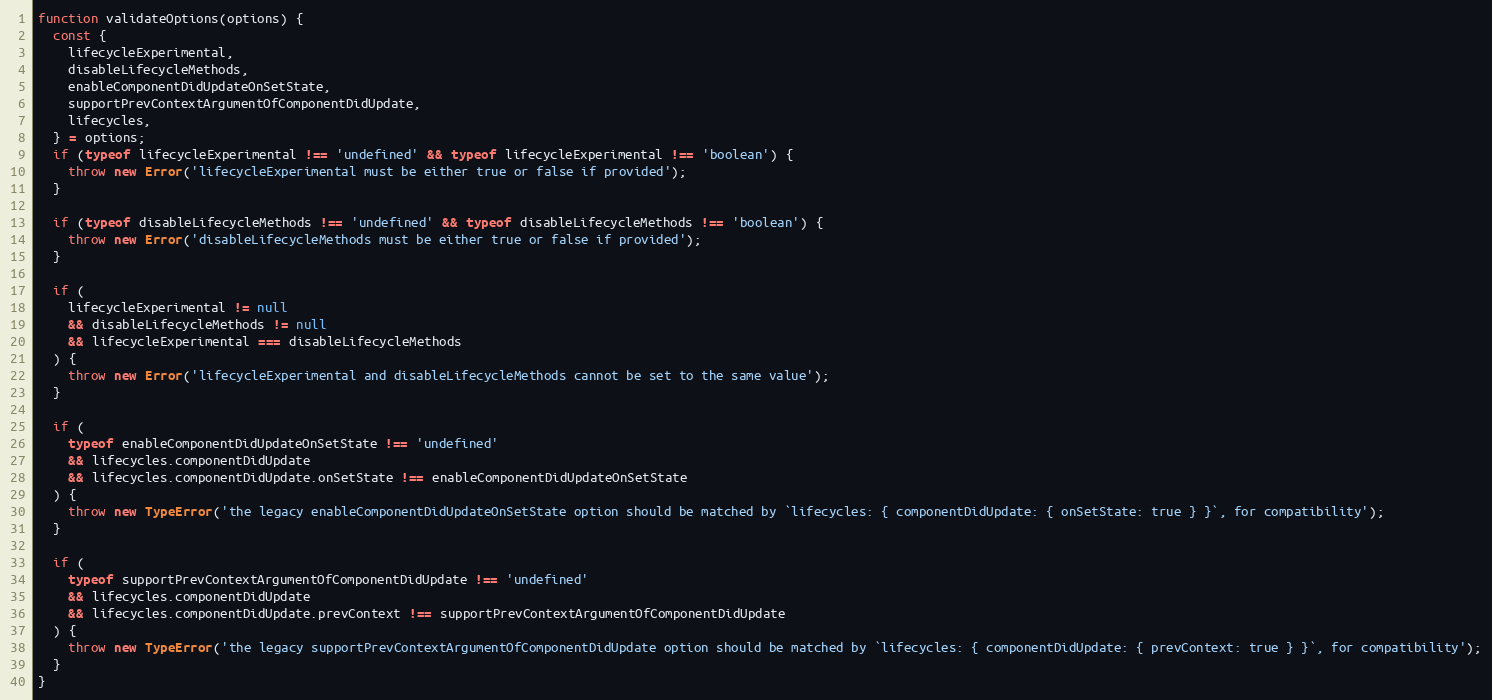
Language: JavaScript
function validateOptions(options) {
  const {
    lifecycleExperimental,
    disableLifecycleMethods,
    enableComponentDidUpdateOnSetState,
    supportPrevContextArgumentOfComponentDidUpdate,
    lifecycles,
  } = options;
  if (typeof lifecycleExperimental !== 'undefined' && typeof lifecycleExperimental !== 'boolean') {
    throw new Error('lifecycleExperimental must be either true or false if provided');
  }

  if (typeof disableLifecycleMethods !== 'undefined' && typeof disableLifecycleMethods !== 'boolean') {
    throw new Error('disableLifecycleMethods must be either true or false if provided');
  }

  if (
    lifecycleExperimental != null
    && disableLifecycleMethods != null
    && lifecycleExperimental === disableLifecycleMethods
  ) {
    throw new Error('lifecycleExperimental and disableLifecycleMethods cannot be set to the same value');
  }

  if (
    typeof enableComponentDidUpdateOnSetState !== 'undefined'
    && lifecycles.componentDidUpdate
    && lifecycles.componentDidUpdate.onSetState !== enableComponentDidUpdateOnSetState
  ) {
    throw new TypeError('the legacy enableComponentDidUpdateOnSetState option should be matched by `lifecycles: { componentDidUpdate: { onSetState: true } }`, for compatibility');
  }

  if (
    typeof supportPrevContextArgumentOfComponentDidUpdate !== 'undefined'
    && lifecycles.componentDidUpdate
    && lifecycles.componentDidUpdate.prevContext !== supportPrevContextArgumentOfComponentDidUpdate
  ) {
    throw new TypeError('the legacy supportPrevContextArgumentOfComponentDidUpdate option should be matched by `lifecycles: { componentDidUpdate: { prevContext: true } }`, for compatibility');
  }
}